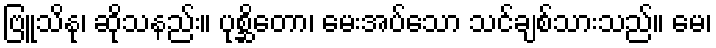
ဗြူသိနု၊ ဆိုသနည်း။ ပုစ္ဆိတော၊ မေးအပ်သော သင်ချစ်သားသည်။ မေ၊